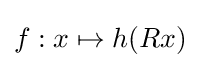
f:x\mapsto h(Rx)